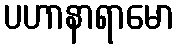
ပဟာနာရာမော